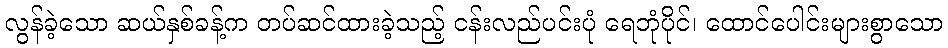
လွန်ခဲ့သော ဆယ်နှစ်ခန့်က တပ်ဆင်ထားခဲ့သည့် ငန်းလည်ပင်းပုံ ရေဘုံပိုင်၊ ထောင်ပေါင်းများစွာသော